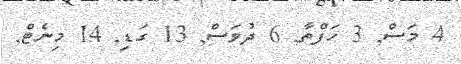
4 މަސް